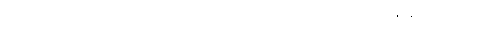
ဖြစ်၏။ နိမိတ္တံ ပန၊ ပဋိဘာဂနိမိတ်သည်ကား။ ဗဟိဒ္ဓါ၊ အပသန္တာန်၌။ ဟောတိ၊